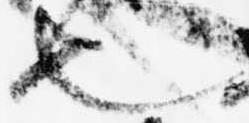
也